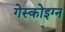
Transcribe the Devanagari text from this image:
गेस्कोइग्न